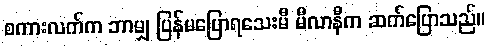
စကားလက်က ဘာမျှ ပြန်မပြောရသေးမီ မီလာနီက ဆက်ပြောသည်။